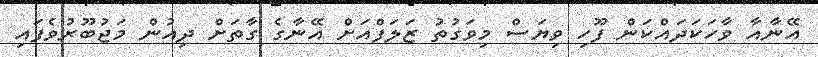
އޭނާއާ ވާހަކަދައްކަން ފޫހި ވިޔަސް މިވަގުތު ޒަލަފްއަށް އޭނާގެ ގާތަށް ދިއުން މަޖުބޫރުވެފައި